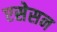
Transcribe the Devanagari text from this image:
एसेसन